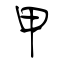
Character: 甲